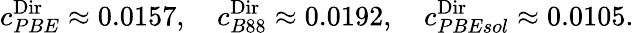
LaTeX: c_{PBE}^{\textnormal{Dir}}\approx 0.0157,\quad c_{B88}^{\textnormal{Dir}}\approx 0.0192,\quad c_{PBEsol}^{\textnormal{Dir}}\approx 0.0105.